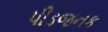
પીડજનક